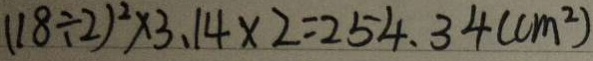
( 1 8 \div 2 ) ^ { 2 } \times 3 . 1 4 \times 2 = 2 5 4 . 3 4 ( c m ^ { 2 } )